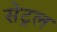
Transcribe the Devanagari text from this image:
सेट्रल